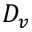
D _ { v }